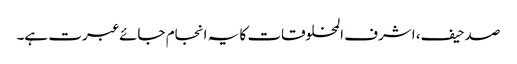
صدحیف، اشرف المخلوقات کا یہ انجام جائے عبرت ہے۔